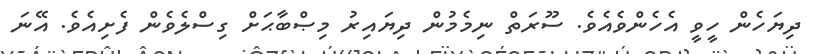
ދިޔަހެން ހީވީ އެހެންވެއެވެ. ސޫރަތް ނިމެމުން ދިޔައިރު މިޞްބާޙަށް ގިސްލެވެން ފެށިއެވެ. އޭނަ